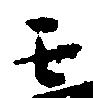
壬